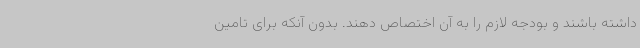
داشته باشند و بودجه لازم را به آن اختصاص دهند. بدون آنکه برای تامین